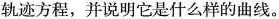
轨迹方程，并说明它是什么样的曲线。